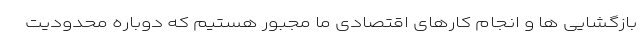
بازگشایی ها و انجام کارهای اقتصادی ما مجبور هستیم که دوباره محدودیت